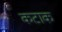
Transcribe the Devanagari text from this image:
कटाक